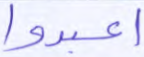
اعبدوا